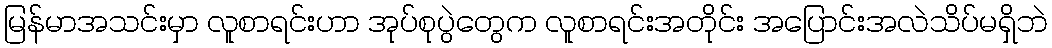
မြန်မာအသင်းမှာ လူစာရင်းဟာ အုပ်စုပွဲတွေက လူစာရင်းအတိုင်း အပြောင်းအလဲသိပ်မရှိဘဲ